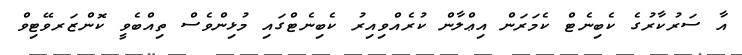
އާ ސަރުކާރުގެ ކެބިނެޓް ކެމަރަން އިޢްލާން ކުރެއްވިއިރު ކެބިނެޓްގައި މުޅިންވެސް ތިއްބެވީ ކޮންޒަރވޭޓިވް